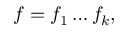
f = f _ { 1 } \ldots f _ { k } ,